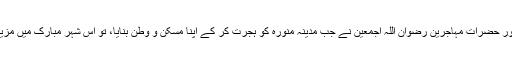
رسول اللہ صلی اللہ علیہ وآلہ وسلم اور حضرات مہاجرین رضوان اللہ اجمعین نے جب مدینہ منورہ کو ہجرت کر کے اپنا مسکن و وطن بنایا، تو اس شہر مبارک میں مزید تعمیری و تمدنی ترقی ہونے لگی۔